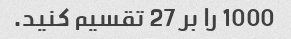
1000 را بر 27 تقسیم کنید.